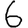
Digit: 6